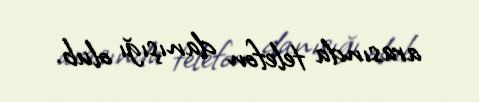
arasında telefon danışığı olub.